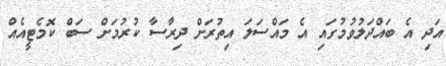
އަދި އެ ބައްދަލުވުމުގައި އެ މައްސަލަ އިތުރަށް ދިރާސާ ކުރުމަށް ސަބް ކޮމެޓީއެއް